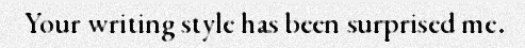
Your writing style has been surprised me.